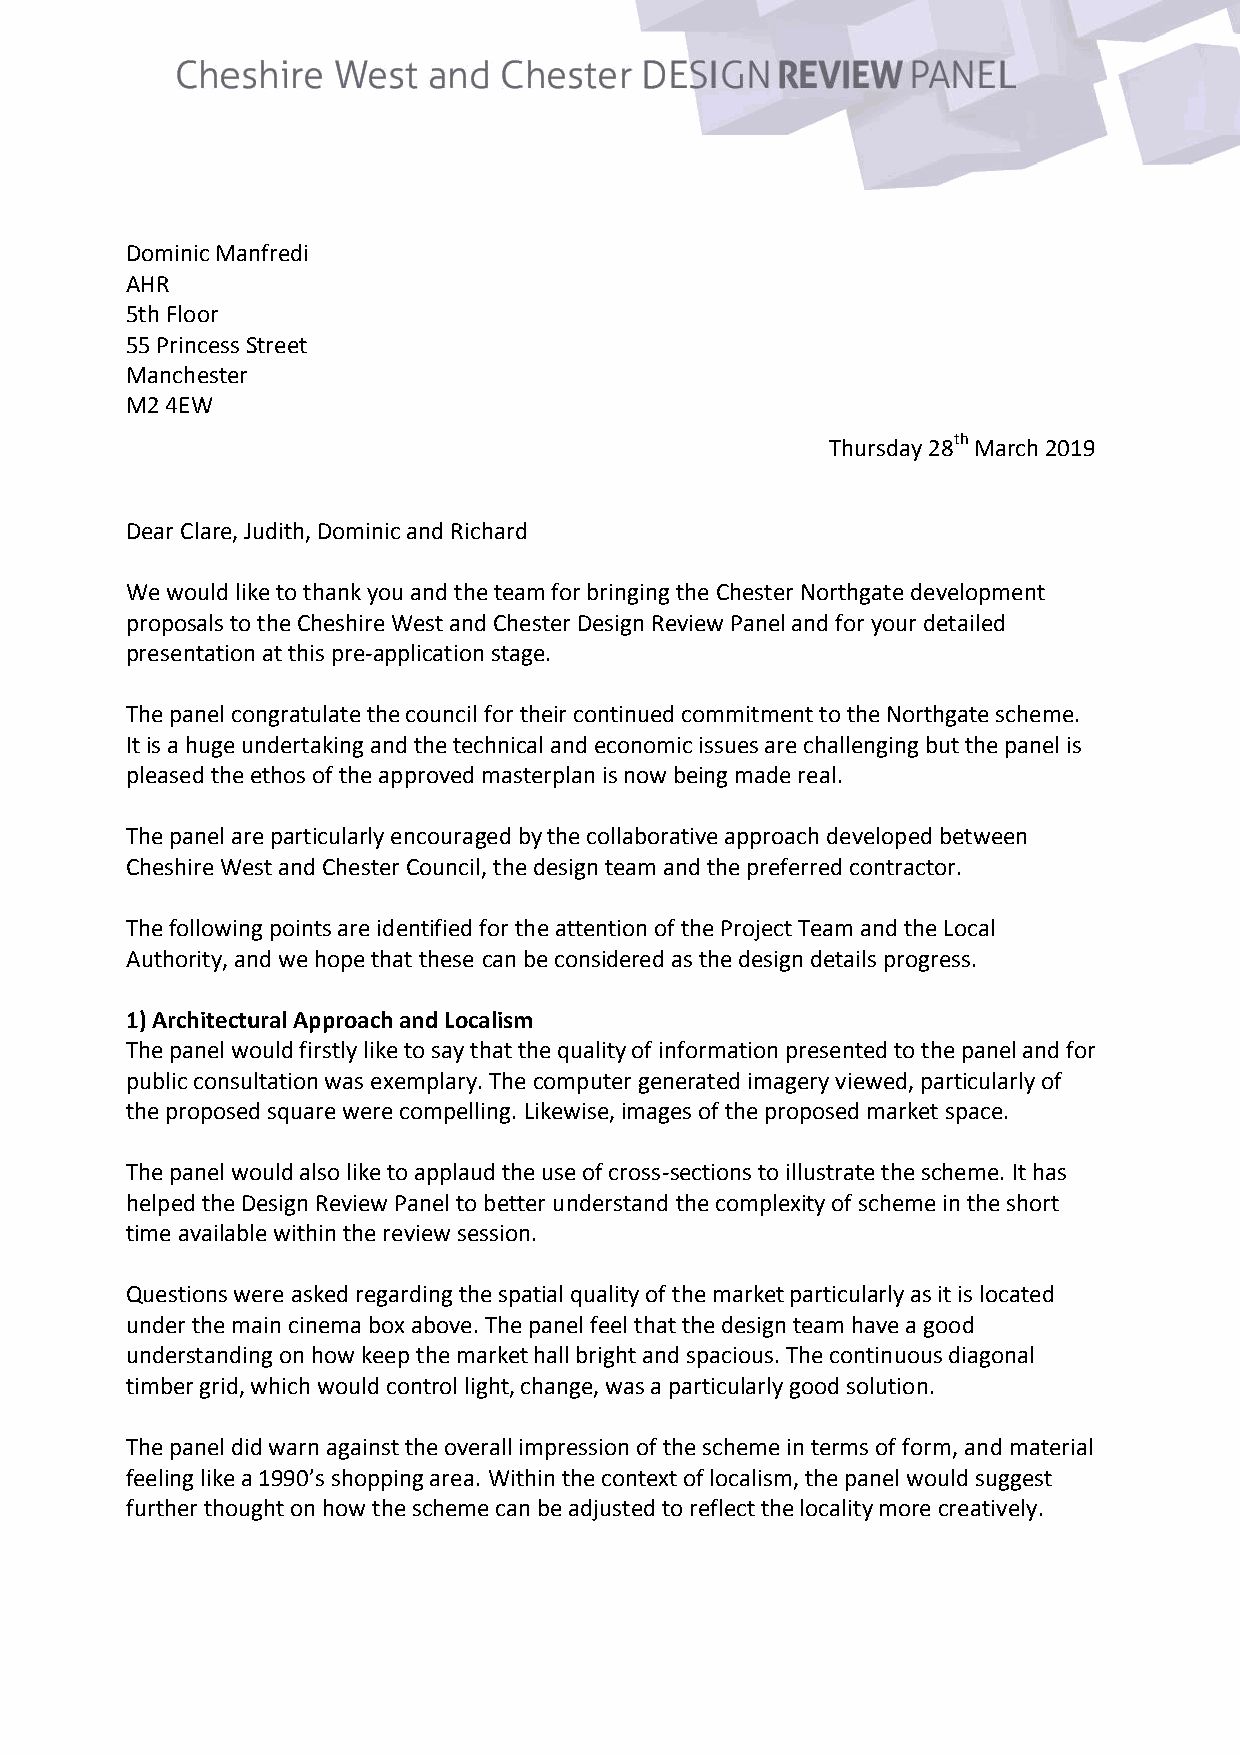
Domin ic Manf redi
 AHR
 5th Flo or
 55 Princess Street
 Manchester
 M2 4EW
 Thursday 28th March 2019
 Dear Clare, Judith, Dominic and Richard
 We would like to thank you and the team for bringing the Chester Northgate development
 proposals to the Cheshire West and Chester Design Review Panel and for your detailed
 presentation at this pre-application stage.
 The panel congratulate the council for their continued commitment to the Northgate scheme.
 It is a huge undertaking and the technical and economic issues are challenging but the panel is
 pleased the ethos of the approved masterplan is now being made real.
 The panel are particularly encouraged by the collaborative approach developed between
 Cheshire West and Chester Council, the design team and the preferred contractor.
 The following points are identified for the attention of the Project Team and the Local
 Authority, and we hope that these can be considered as the design details progress.
 1) Architectural Approach and Localism
 The panel would firstly like to say that the quality of information presented to the panel and for
 public consultation was exemplary. The computer generated imagery viewed, particularly of
 the proposed square were compelling. Likewise, images of the proposed market space.
 The panel would also like to applaud the use of cross-sections to illustrate the scheme. It has
 helped the Design Review Panel to better understand the complexity of scheme in the short
 time available within the review session.
 Questions were asked regarding the spatial quality of the market particularly as it is located
 under the main cinema box above. The panel feel that the design team have a good
 understanding on how keep the market hall bright and spacious. The continuous diagonal
 timber grid, which would control light, change, was a particularly good solution.
 The panel did warn against the overall impression of the scheme in terms of form, and material
 feeling like a 1990’s shopping area. Within the context of localism, the panel would suggest
 further thought on how the scheme can be adjusted to reflect the locality more creatively.